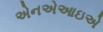
એનએઆઇએ